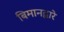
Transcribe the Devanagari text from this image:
बिमानद्वारे